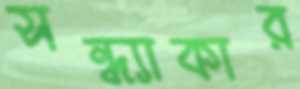
সন্ধ্যাকার